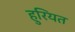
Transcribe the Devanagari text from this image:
हुरियत